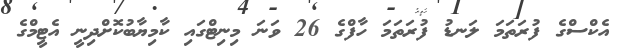
އެކްސްގެ ފުރަތަމަ ލަނޑު ފުރަތަމަ ހާފްގެ 26 ވަނަ މިނިޓްގައި ކާމިޔާބުކޮށްދިނީ އެޓީމްގެ